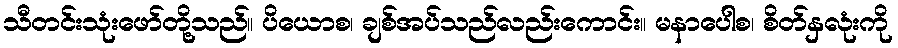
သီတင်းသုံးဖော်တို့သည်။ ပိယောစ၊ ချစ်အပ်သည်လည်းကောင်း။ မနာပေါစ၊ စိတ်နှလုံးကို